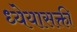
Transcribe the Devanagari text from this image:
ध्येयासक्ती